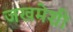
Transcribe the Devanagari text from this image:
जखमेशी